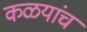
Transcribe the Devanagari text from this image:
कळयांच